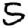
Digit: 5